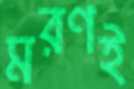
মরণই